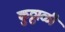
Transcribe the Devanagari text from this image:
कुठ्ठाळी